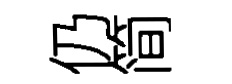
仍简